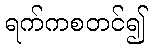
ရက်ကစတင်၍